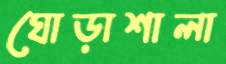
ঘোড়াশালা